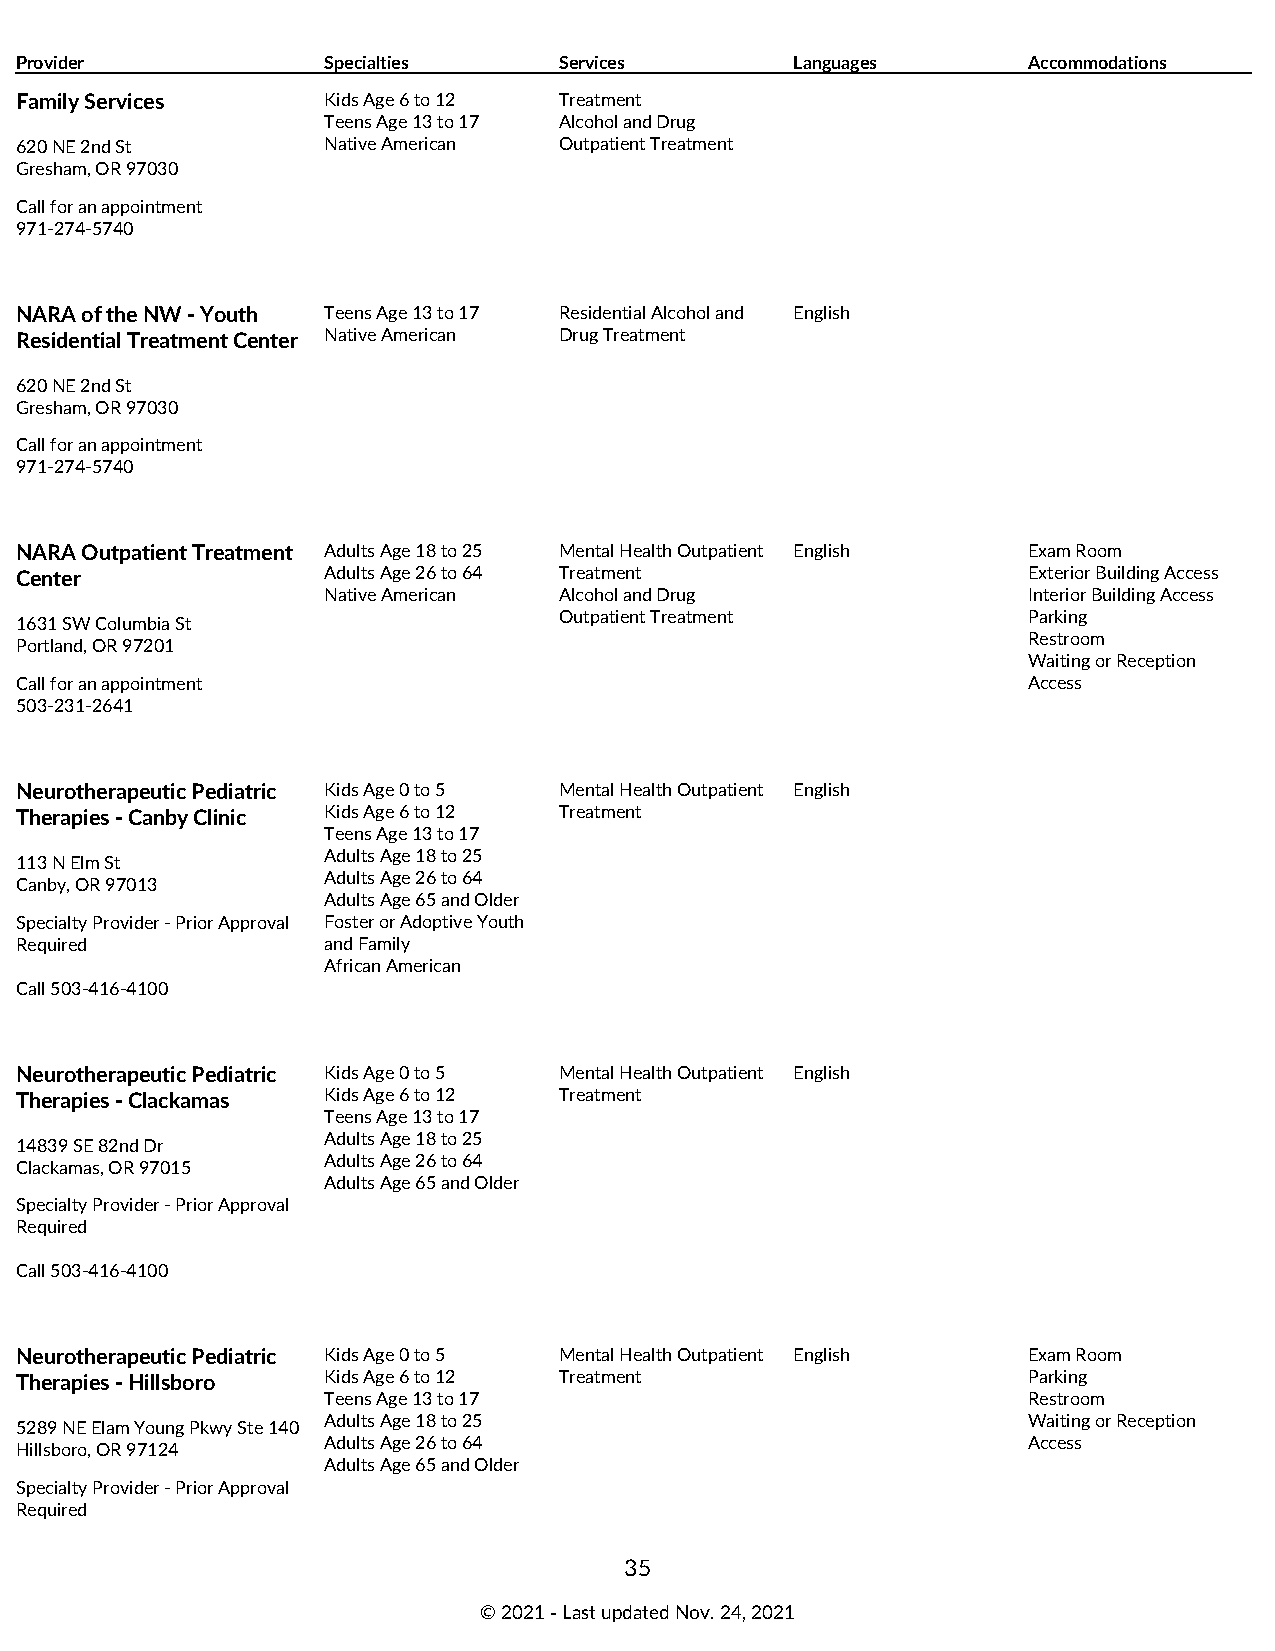
Provider            Specialties     Services        Languages      Accommodations
 Family Services     Kids Age 6 to 12 Treatment
 Teens Age 13 to 17 Alcohol and Drug
 620 NE 2nd St       Native American Outpatient Treatment
 Gresham, OR 97030
 Call for an appointment
 971-274-5740
 NARA of the NW - Youth Teens Age 13 to 17 Residential Alcohol and English
 Residential Treatment Center Native American Drug Treatment
 620 NE 2nd St
 Gresham, OR 97030
 Call for an appointment
 971-274-5740
 NARA Outpatient Treatment Adults Age 18 to 25 Mental Health Outpatient English Exam Room
 Center              Adults Age 26 to 64 Treatment                  Exterior Building Access
 Native American Alcohol and Drug               Interior Building Access
 Outpatient Treatment           Parking
 1631 SW Columbia St
 Restroom
 Portland, OR 97201
 Waiting or Reception
 Call for an appointment                                            Access
 503-231-2641
 Neurotherapeutic Pediatric Kids Age 0 to 5 Mental Health Outpatient English
 Therapies - Canby Clinic Kids Age 6 to 12 Treatment
 Teens Age 13 to 17
 Adults Age 18 to 25
 113 N Elm St
 Adults Age 26 to 64
 Canby, OR 97013
 Adults Age 65 and Older
 Specialty Provider - Prior Approval Foster or Adoptive Youth
 Required            and Family
 African American
 Call 503-416-4100
 Neurotherapeutic Pediatric Kids Age 0 to 5 Mental Health Outpatient English
 Therapies - Clackamas Kids Age 6 to 12 Treatment
 Teens Age 13 to 17
 Adults Age 18 to 25
 14839 SE 82nd Dr
 Adults Age 26 to 64
 Clackamas, OR 97015
 Adults Age 65 and Older
 Specialty Provider - Prior Approval
 Required
 Call 503-416-4100
 Neurotherapeutic Pediatric Kids Age 0 to 5 Mental Health Outpatient English Exam Room
 Therapies - Hillsboro Kids Age 6 to 12 Treatment                   Parking
 Teens Age 13 to 17                             Restroom
 Adults Age 18 to 25                            Waiting or Reception
 5289 NE Elam Young Pkwy Ste 140
 Adults Age 26 to 64                            Access
 Hillsboro, OR 97124
 Adults Age 65 and Older
 Specialty Provider - Prior Approval
 Required
 35
 © 2021 ‑ Last updated Nov. 24, 2021